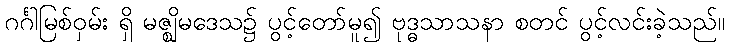
ဂင်္ဂါမြစ်ဝှမ်း ရှိ မဇ္ဈိမဒေသ၌ ပွင့်တော်မူ၍ ဗုဒ္ဓသာသနာ စတင် ပွင့်လင်းခဲ့သည်။